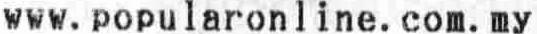
WWW.POPULARONLINE.COM.MY